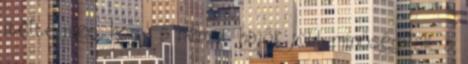
ítélte meg, hogy a német hajók jobb minőségűek, a